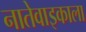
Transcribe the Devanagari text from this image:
नातेवाइकाला